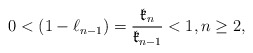
\begin{align*}0 < (1-\ell_{n-1})=\dfrac{\mathfrak{k}_n}{\mathfrak{k}_{n-1}} < 1, n \geq 2,\end{align*}